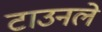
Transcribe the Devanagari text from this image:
टाउनले